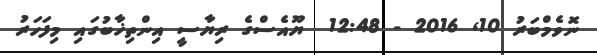
ނޮވެމްބަރު 10